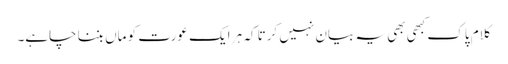
کلام پاک کبھی بھی یہ بیان نہیں کرتا کہ ہر ایک عورت کو ماں بننا چاہے۔